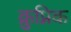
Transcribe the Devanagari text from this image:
क्रुप्निक